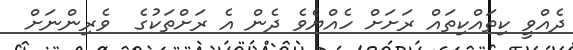
ދެއްވީ ކިތައްކިތައް ރަށަށް ހެއްޔެވެ ދެން އެ ރަށްތަކުގެ  ވެރިންނަށް